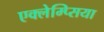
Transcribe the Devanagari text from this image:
एक्लेम्प्सिया